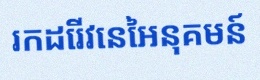
រកដេរីវេនៃអនុគមន៍